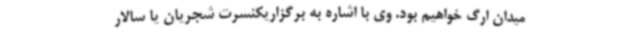
میدان ارگ خواهیم بود. وی با اشاره به برگزاریکنسرت شجریان یا سالار